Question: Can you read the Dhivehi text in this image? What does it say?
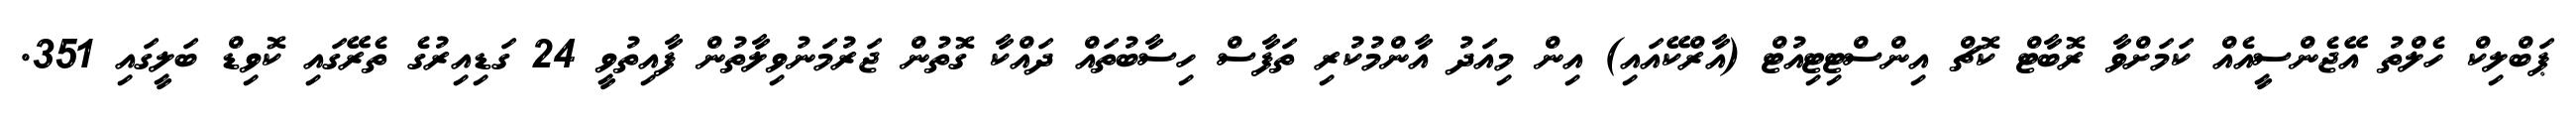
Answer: ޕަބްލިކް ހެލްތު އޭޖެންސީއެއް ކަމަށްވާ ރޮބާޓް ކޮޗް އިންސްޓިޓިއުޓް (އާރްކޭއައި) އިން މިއަދު އާންމުކުރި ތަފާސް ހިސާބުތައް ދައްކާ ގޮތުން ޖަރުމަނުވިލާތުން ފާއިތުވީ 24 ގަޑިއިރުގެ ތެރޭގައި ކޮވިޑް ބަލީގައި 351.